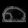
Digit: ၈